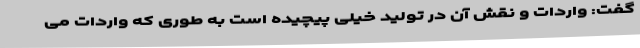
گفت: واردات و نقش آن در تولید خیلی پیچیده است به طوری که واردات می